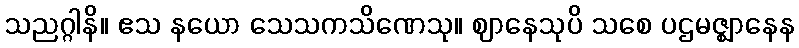
သညဂ္ဂါနိ။ ဧသ နယော သေသကသိဏေသု။ ဈာနေသုပိ သစေ ပဌမဇ္ဈာနေန